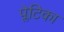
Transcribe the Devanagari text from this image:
प्लेटिका